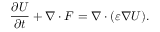
\frac { \partial \boldsymbol { U } } { \partial t } + \nabla \cdot \boldsymbol { F } = \nabla \cdot ( \varepsilon \nabla \boldsymbol { U } ) .